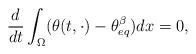
LaTeX: \begin{align*} \frac{d}{dt} \int_{\Omega} (\theta(t,\cdot)-\theta^\beta_{eq})dx =0,\end{align*}